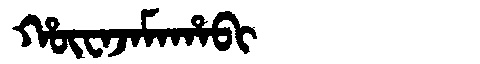
Manchu: ᡥᡡᠸᠠᠵᠠᠮᠠᡥᠠᠪᡳ
Romanization: HŪWAJAMAHABI